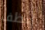
أنظف